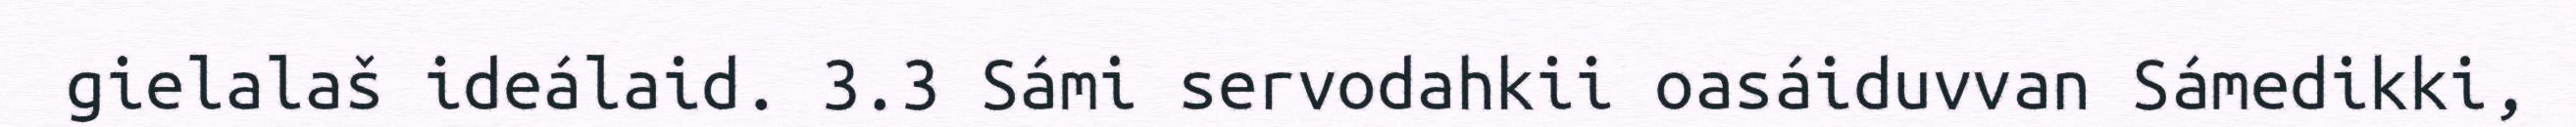
gielalaš ideálaid. 3.3 Sámi servodahkii oasáiduvvan Sámedikki,